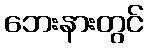
ဘေးနားတွင်